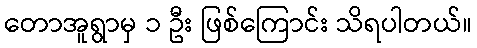
တောအူရွာမှ ၁ ဦး ဖြစ်ကြောင်း သိရပါတယ်။